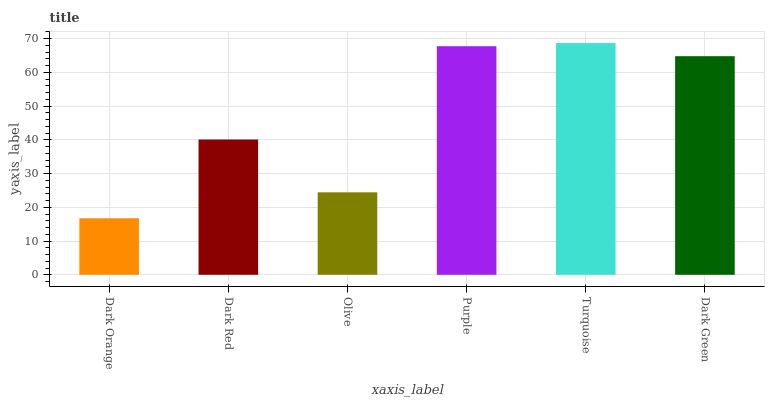
| xaxis_label | bars |
 | --- | --- |
 | Dark Orange | 16.7 |
 | Dark Red | 40.1 |
 | Olive | 24.4 |
 | Purple | 67.7 |
 | Turquoise | 68.7 |
 | Dark Green | 64.8 |